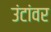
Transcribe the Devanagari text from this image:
उंटांवर